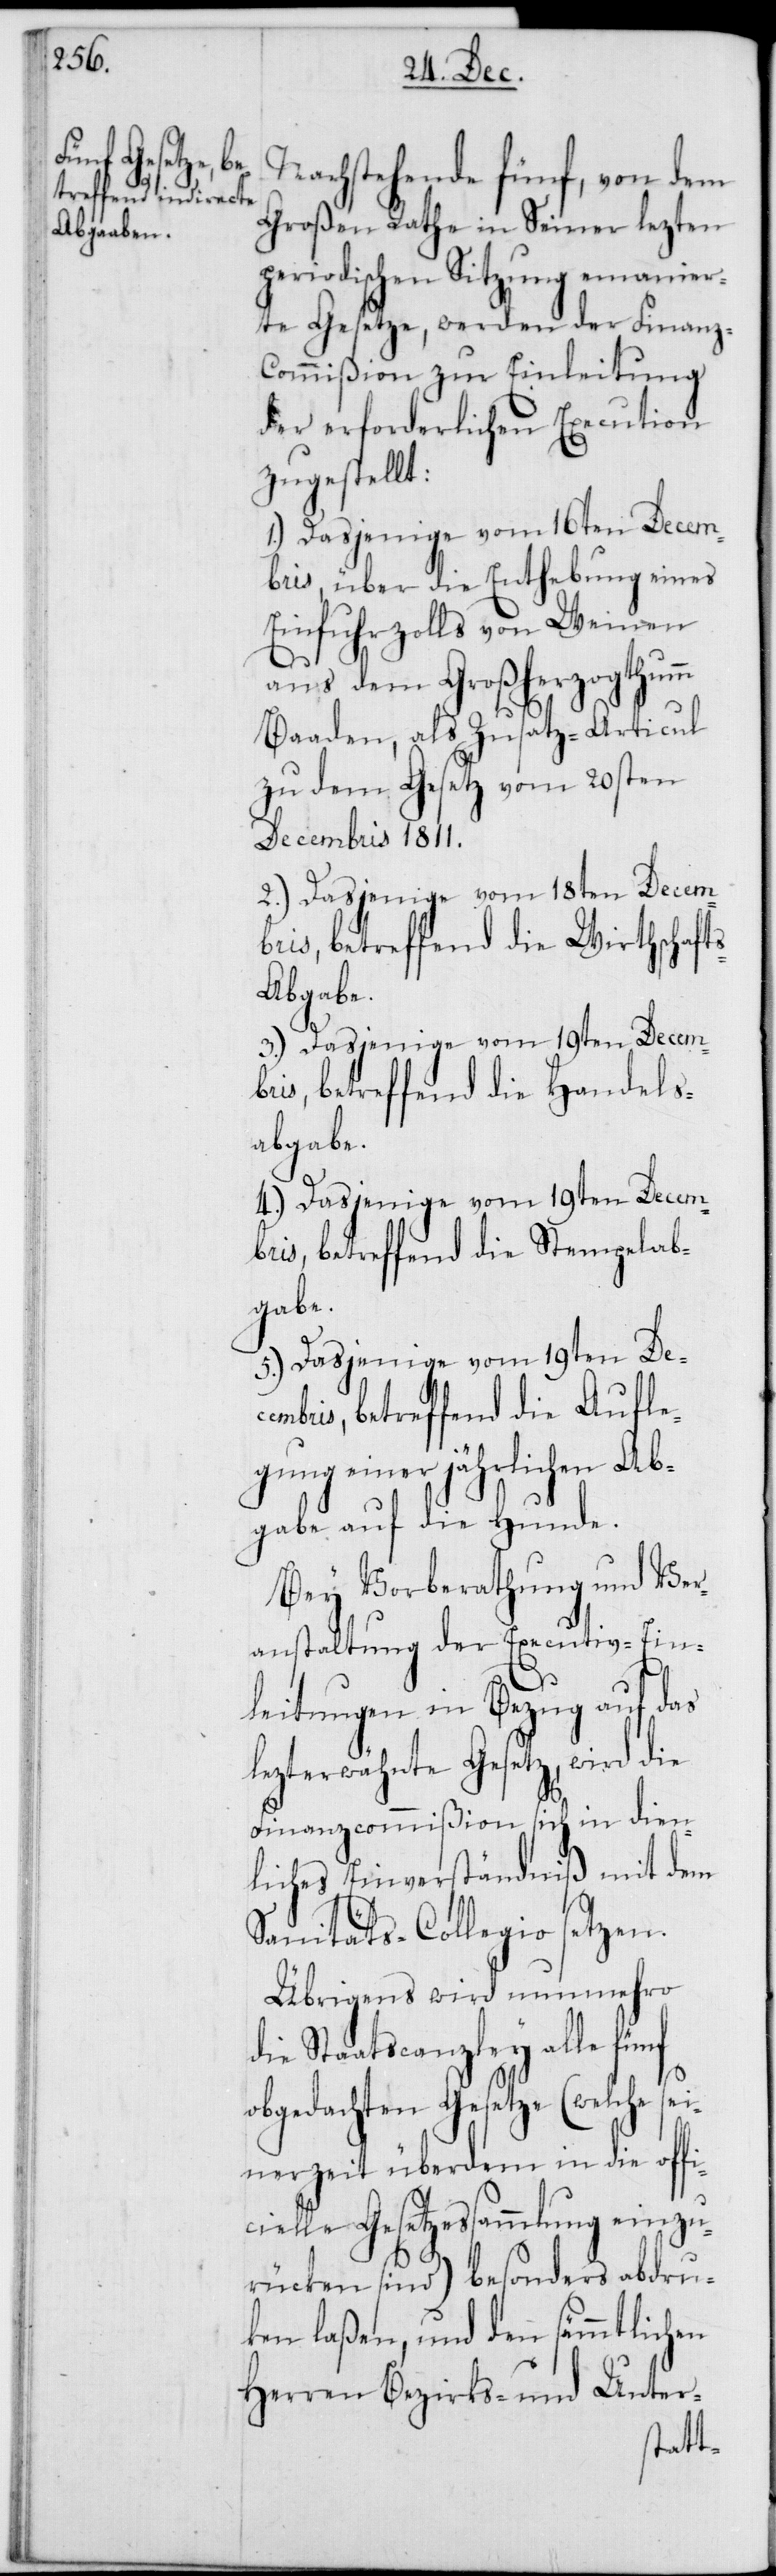
Nachstehende fünf, von dem
Großen Rathe in Seiner lezten
periodischen Sitzung emanier¬
te Gesetze, werden der Finanz-C¬
ommißion zur Einleitung
der erforderlichen Execution
zugestellt:
1.) Dasjenige vom 16ten Decem¬
bris, über die Enthebung eines
Einfuhrzolls von Weinen
d¬
aus dem Großherzogthumm
Baaden, als Zusatz-Articul
zu dem Gesetz vom 20sten
Decembris 1811.
2.) Dasjenige vom 18ten Decem¬
bris, betreffend die Wirthschaft¬
s-Abgabe.
3.) Dasjenige vom 19ten Decemb¬
ris, betreffend die Handels¬
abgabe.
4.) Dasjenige vom 19ten Decemb¬
ris, betreffend die Stempelab¬
gabe.
5.) Dasjenige vom 19ten Dec¬
embris, betreffend die Aufle¬
gung einer jährlichen Ab¬
gabe auf die Hunde.
Bey Vorberathung und Ver¬
anstaltung der Executiv-Ein¬
leitungen in Bezug auf das
lezterwähnte Gesetz, wird die
Finanzcommißion sich in dien¬
liches Einverständniß mit dem
Sanitäts-Collegio setzen.
Übrigens wird nunmehro
ie Staatscanzley alle fünf
obgedachten Gesetze (welche s¬
einerzeit überdem in die offi¬
cielle Gesetzeßammlung einzu¬
rücken sind) besonders abdruc¬
ken laßen, und den sämmtlichen
Herren Bezirks- und Unter-